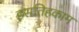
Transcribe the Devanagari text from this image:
इसतिहकाम